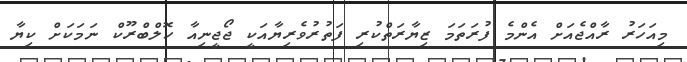
މިއަހަރު ރާއްޖެއަށް އެންމެ ފުރަތަމަ ޒިޔާރަތްކުރި ފަތުރުވެރިޔާއަކީ ޖޯޖީނިއާ ހޮލްބްރޫކް ނަމަކަށް ކިޔާ